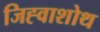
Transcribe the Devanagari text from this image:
जिह्वाशोथ